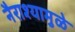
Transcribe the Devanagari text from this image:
नैराश्यामुळे